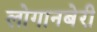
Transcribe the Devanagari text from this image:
लोगानबेरी